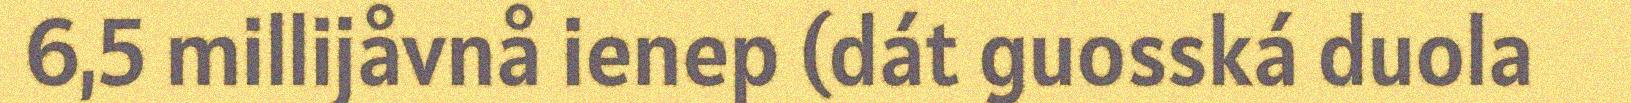
6,5 millijåvnå ienep (dát guosská duola